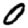
Digit: 0